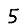
Digit: 5